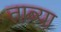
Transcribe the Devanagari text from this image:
ताब्या